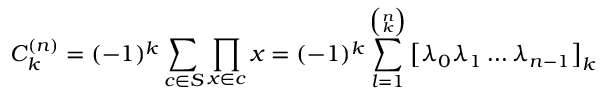
C _ { k } ^ { ( n ) } = ( - 1 ) ^ { k } \sum _ { c \in S } \prod _ { x \in c } x = ( - 1 ) ^ { k } \sum _ { l = 1 } ^ { \binom { n } { k } } \left[ \lambda _ { 0 } \lambda _ { 1 } \dots \lambda _ { n - 1 } \right] _ { k }